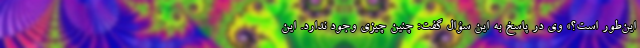
این‌طور است؟» وی در پاسخ به این سؤال گفت: چنین چیزی وجود ندارد. این